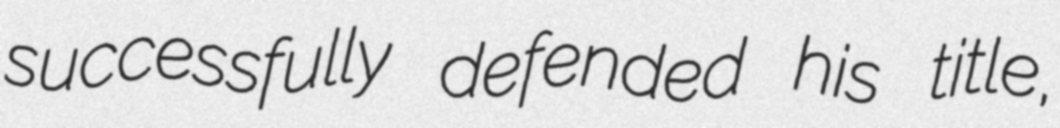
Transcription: successfully defended his title,